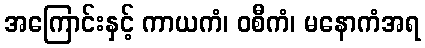
အကြောင်းနှင့် ကာယကံ၊ ဝစီကံ၊ မနောကံအရ